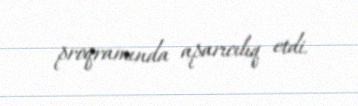
proqramında aparıcılıq etdi.